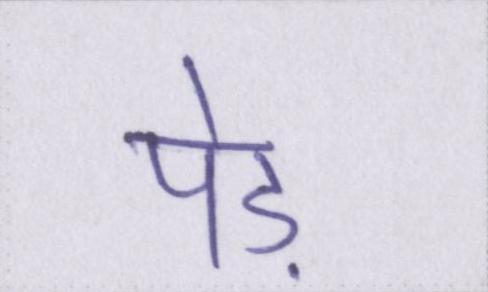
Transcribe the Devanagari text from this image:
पेड़